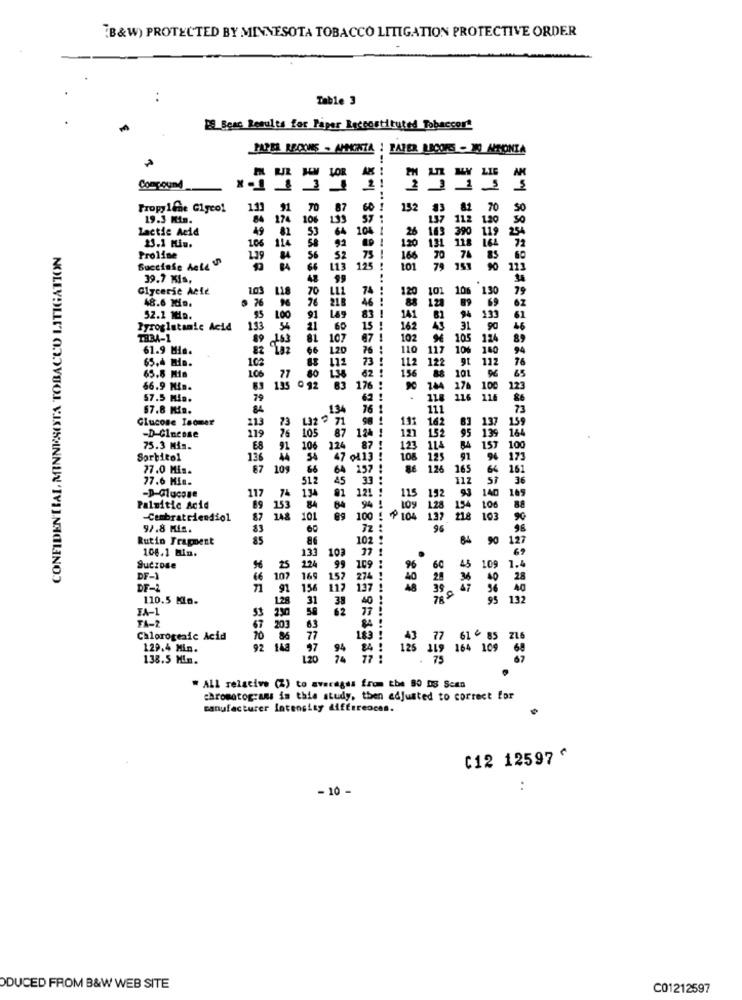
[B&W) PROTECTED BY MINNESOTA TOBACCO LITIGATION PROTECTIVE ORDER
Table 3
[8 Beac Results for Paper Reccostituted Tobaccort
PAPER RECONS . AMMONTA ! PAPER LICORES - WO APRONIA
AK
WY LIE AM
Compound
Propylene Glycol
131 91 70 87
232
19.3 Min.
84 174 106 193
lactic Acid
49
82
64 104
59
CONFIDENTIAL, MINNESOTA TOBACCO LITIGATION
23.1 Hiu.
1.06
114
92
Proline
1.39
56 52
166
70
Bucciase Aete u
BA
66
113
125
101
39.7 Kis,
99
Glycerie Acle
1.03
118
70
LLL
48.6 10a.
76
218
52.1 10p.
$5 100
91
149
Tyroglatanic Acid
60
THBA-1
89 163
81
107
61.9 Mia.
82 192
66
120
65.4 min.
102
65.8 Mia
106 77
60
66.9 Min.
135 0 92
57.5 Min.
79
67.8 Min.
134
Glucose Isomer
213
73
119
76
-D-Cincose
105
75.3 Mis.
68
91
106
224
Sorbitol
136
77.0 Mis.
87
109
77.6 Min.
512
-p-glucose
117
74
134
115
Palmitic Acid
89
84
84
-Cembratriendiol
87
101
00
97.8 Min.
Rutin Frappent
85
86
106.1 Min.
133
10
Sucrose
224
99
60
DF-1
66
107
169
152
DE-
71
91
156
112
137
39
110.5 Kla.
128
31
38
95
FA-1
53
230
62
TA-2
67 203
63
Chlorogenic Acid
70 86
77
183
77 61 85
129.4 Min.
92 148
97
138.5 Min.
1.20
125 119 164 109 68
. 75
·
" ALL relative (Z) to averages from the 80 DS Scan
chromotograms is this study, then adjusted to correct for
manufacturer Intensity differences.
C12 12597 ^
-10 -
..
ODUCED FROM B&W WEB SITE
C01212597